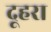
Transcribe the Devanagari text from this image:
दूहरा